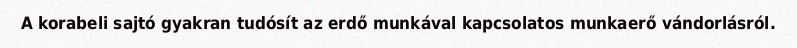
A korabeli sajtó gyakran tudósít az erdő munkával kapcsolatos munkaerő vándorlásról.